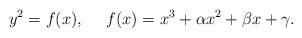
\begin{align*}y^2 = f(x), \ \ \ \ f(x) = x^3 + \alpha x^2 + \beta x +\gamma.\end{align*}